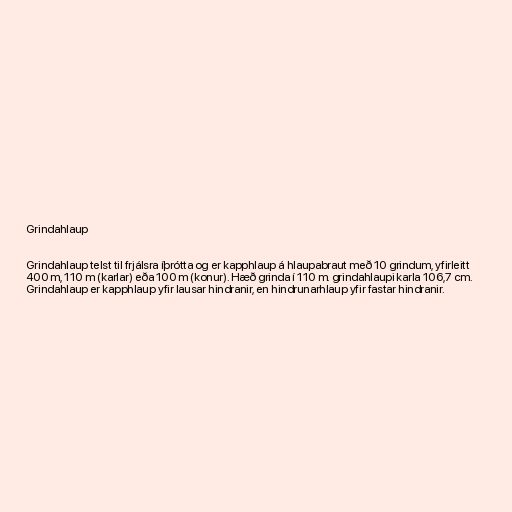
Grindahlaup

Grindahlaup telst til frjálsra íþrótta og er kapphlaup á hlaupabraut með 10 grindum, yfirleitt
400 m, 110 m (karlar) eða 100 m (konur). Hæð grinda í 110 m. grindahlaupi karla 106,7 cm.
Grindahlaup er kapphlaup yfir lausar hindranir, en hindrunarhlaup yfir fastar hindranir.